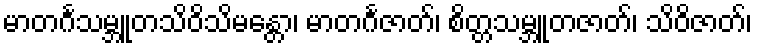
မာတင်္ဂသမ္ဘူတသိဝိသိမန္တော၊ မာတင်္ဂဇာတ်၊ စိတ္တသမ္ဘူတဇာတ်၊ သိဝိဇာတ်၊